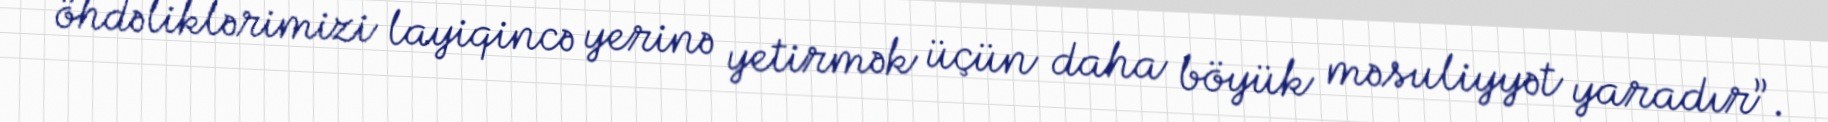
öhdəliklərimizi layiqincə yerinə yetirmək üçün daha böyük məsuliyyət yaradır”.